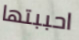
احببتها